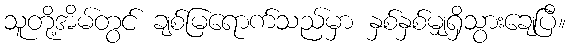
သူတို့အိမ်တွင် ချစ်မြရောက်သည်မှာ နှစ်နှစ်မျှရှိသွားချေပြီ။